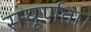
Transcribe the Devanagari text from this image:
संपूर्णता।